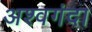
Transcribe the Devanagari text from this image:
अश्वगंदा